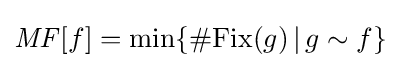
{\mathit {MF}}[f]=\min\{\#\mathrm {Fix} (g)\,|\,g\sim f\}